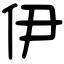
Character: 伊